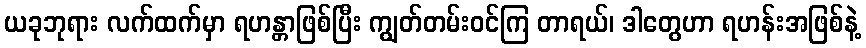
ယခုဘုရား လက်ထက်မှာ ရဟန္တာဖြစ်ပြီး ကျွတ်တမ်းဝင်ကြ တာရယ်၊ ဒါတွေဟာ ရဟန်းအဖြစ်နဲ့